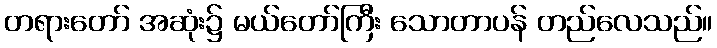
တရားတော် အဆုံး၌ မယ်တော်ကြီး သောတာပန် တည်လေသည်။